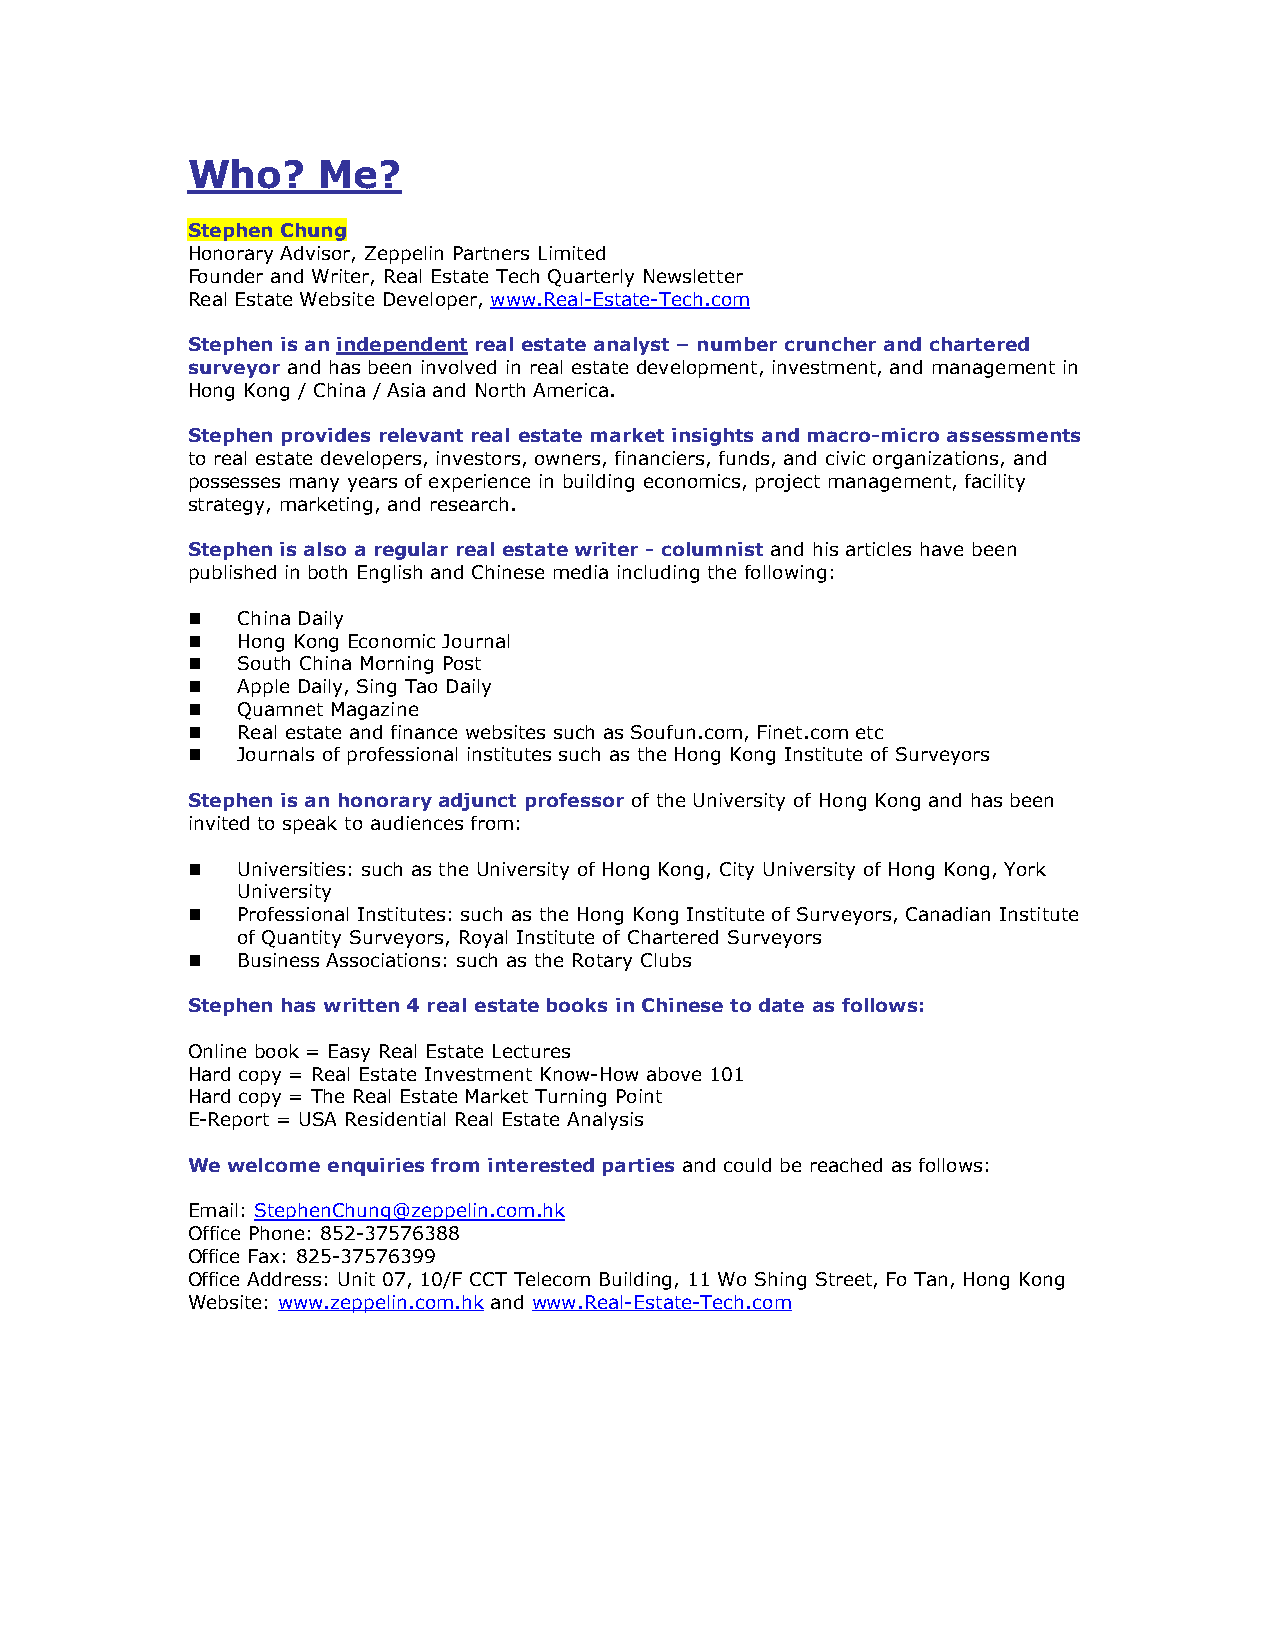
Who?     Me?
 Stephen Chung
 Honorary Advisor, Zeppelin Partners Limited
 Founder and Writer, Real Estate Tech Quarterly Newsletter
 Real Estate Website Developer, www.Real-Estate-Tech.com
 Stephen is an independent real estate analyst – number cruncher and chartered
 surveyor and has been involved in real estate development, investment, and management in
 Hong Kong / China / Asia and North America.
 Stephen provides relevant real estate market insights and macro-micro assessments
 to real estate developers, investors, owners, financiers, funds, and civic organizations, and
 possesses many years of experience in building economics, project management, facility
 strategy, marketing, and research.
 Stephen is also a regular real estate writer - columnist and his articles have been
 published in both English and Chinese media including the following:
    China Daily
    Hong Kong Economic Journal
    South China Morning Post
    Apple Daily, Sing Tao Daily
    Quamnet Magazine
    Real estate and finance websites such as Soufun.com, Finet.com etc
    Journals of professional institutes such as the Hong Kong Institute of Surveyors
 Stephen is an honorary adjunct professor of the University of Hong Kong and has been
 invited to speak to audiences from:
    Universities: such as the University of Hong Kong, City University of Hong Kong, York
 University
    Professional Institutes: such as the Hong Kong Institute of Surveyors, Canadian Institute
 of Quantity Surveyors, Royal Institute of Chartered Surveyors
    Business Associations: such as the Rotary Clubs
 Stephen has written 4 real estate books in Chinese to date as follows:
 Online book = Easy Real Estate Lectures
 Hard copy = Real Estate Investment Know-How above 101
 Hard copy = The Real Estate Market Turning Point
 E-Report = USA Residential Real Estate Analysis
 We welcome enquiries from interested parties and could be reached as follows:
 Email: StephenChung@zeppelin.com.hk
 Office Phone: 852-37576388
 Office Fax: 825-37576399
 Office Address: Unit 07, 10/F CCT Telecom Building, 11 Wo Shing Street, Fo Tan, Hong Kong
 Website: www.zeppelin.com.hk and www.Real-Estate-Tech.com